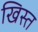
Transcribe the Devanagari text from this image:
खिस्‍त